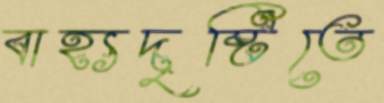
বাহ্যদৃষ্টিতে